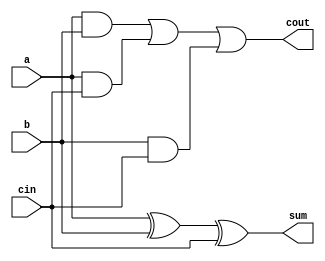
//-----------------------------------------------------------------------------
// Title         : 8-bit Ripple Adder
// Project       : ECE 313 - Computer Organization
//-----------------------------------------------------------------------------
// Organization  : Lafayette College
// 
//-----------------------------------------------------------------------------
// Description :
//   Simple structural model of an 8-bit ripple adder.
//
//-----------------------------------------------------------------------------
module fulladder(a, b, cin, sum, cout);
  input a, b, cin;
  output sum, cout;

  assign sum = a ^ b ^ cin;
  assign cout = a & b | a & cin | b & cin;
endmodule

module ripple_adder(a, b, sum, cout);
  input [7:0] a, b;
  output [7:0] sum;
  output cout;

  wire [7:0] c;  // used for carry connections

  assign c[0]=0;  // no carry input in this example

  fulladder f0(a[0], b[0], c[0], sum[0], c[1]);
  fulladder f1(a[1], b[1], c[1], sum[1], c[2]);
  fulladder f2(a[2], b[2], c[2], sum[2], c[3]);
  fulladder f3(a[3], b[3], c[3], sum[3], c[4]);
  fulladder f4(a[4], b[4], c[4], sum[4], c[5]);
  fulladder f5(a[5], b[5], c[5], sum[5], c[6]);
  fulladder f6(a[6], b[6], c[6], sum[6], c[7]);
  fulladder f7(a[7], b[7], c[7], sum[7], cout);
endmodule